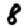
Digit: 8